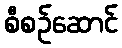
စီစဉ်ဆောင်